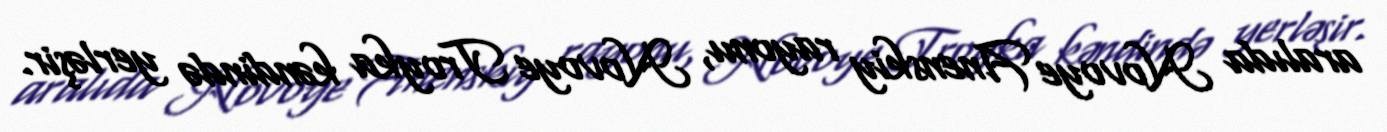
aralıda Novoye Anenskiy rayonu, Novoye Troyka kəndində yerləşir.